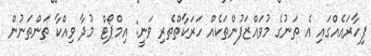
ފިހާރައެއްގައި އެ ތަނުގެ މުވައްޒަފުންތަކެއް ހަރަކާތްތެރި ވަނީ: އިމްޕޯޓް މުދާ ވިއްކާ ތަންތަނުން